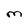
Character: m